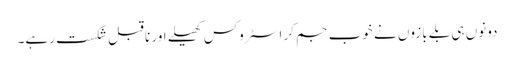
دونوں ہی بلے بازوں نے خوب جم کر اسٹروکس کھیلے اور ناقبل شکست رہے۔